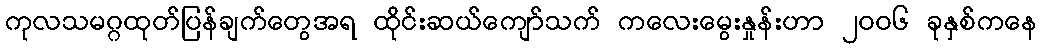
ကုလသမဂ္ဂထုတ်ပြန်ချက်တွေအရ ထိုင်းဆယ်ကျော်သက် ကလေးမွေးနှုန်းဟာ ၂၀၀၆ ခုနှစ်ကနေ